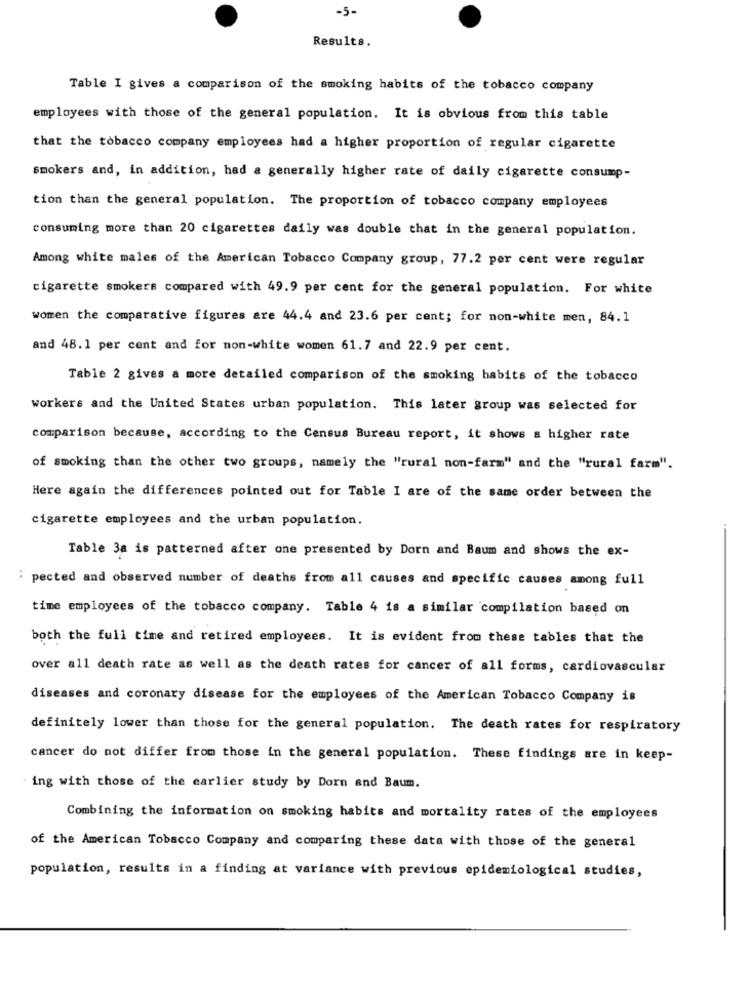
-5-
Results.
Table I gives a comparison of the smoking habits of the tobacco company
employees with those of the general population. It is obvious from this table
that the tobacco company employees had a higher proportion of regular cigarette
smokers and, in addition, had a generally higher rate of daily cigarette consump-
tion than the general population. The proportion of tobacco company employees
consuming more than 20 cigarettes daily was double that in the general population.
Among white males of the American Tobacco Company group, 77.2 per cent were regular
cigarette smokers compared with 49.9 per cent for the general population. For white
women the comparative figures are 44.4 and 23.6 per cent; for non-white men, 84.1
and 48.1 per cent and for non-white women 61.7 and 22.9 per cent.
Table 2 gives a more detailed comparison of the smoking habits of the tobacco
workers and the United States urban population. This later group was selected for
comparison because, according to the Census Bureau report, it shows a higher rate
of smoking than the other two groups, namely the "rural non-farm" and the "rural farm".
Here again the differences pointed out for Table I are of the same order between the
cigarette employees and the urban population.
Table 3a is patterned after one presented by Dorn and Baum and shows the ex-
..
pected and observed number of deaths from all causes and specific causes among full
time employees of the tobacco company. Table 4 is a similar compilation based on
both the full time and retired employees. It is evident from these tables that the
over all death rate as well as the death rates for cancer of all forms, cardiovascular
diseases and coronary disease for the employees of the American Tobacco Company is
definitely lower than those for the general population. The death rates for respiratory
cancer do not differ from those in the general population. These findings are in keep-
ing with those of the earlier study by Dorn and Baum.
Combining the information on smoking habits and mortality rates of the employees
of the American Tobacco Company and comparing these data with those of the general
population, results in a finding at variance with previous epidemiological studies,